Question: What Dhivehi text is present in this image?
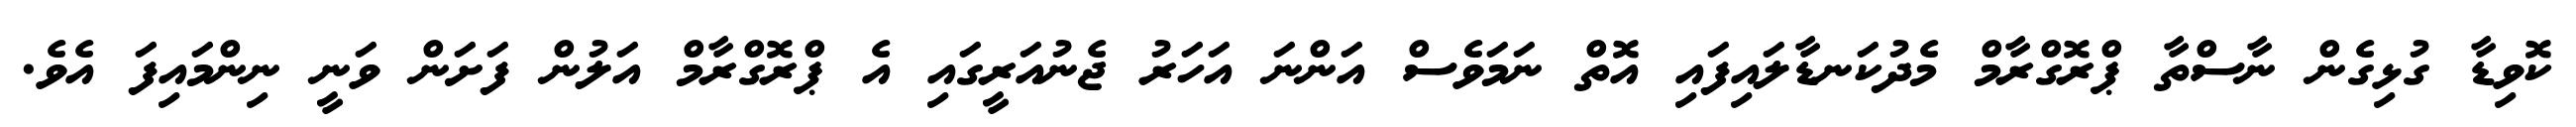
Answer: ކޮވިޑާ ގުޅިގެން ނާސްތާ ޕްރޮގްރާމް މެދުކަނޑާލައިފައި އޮތް ނަމަވެސް އަންނަ އަހަރު ޖެނުއަރީގައި އެ ޕްރޮގްރާމް އަލުން ފަށަން ވަނީ ނިންމައިފަ އެވެ.